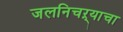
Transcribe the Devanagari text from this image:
जलनिचऱ्याचा